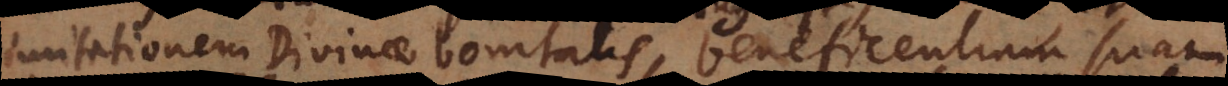
imitationem Divinae bonitatis, beneficentiam suam